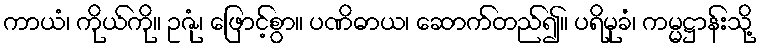
ကာယံ၊ ကိုယ်ကို။ ဥဇုံ၊ ဖြောင့်စွာ။ ပဏိဓာယ၊ ဆောက်တည်၍။ ပရိမုခံ၊ ကမ္မဋ္ဌာန်းသို့